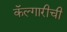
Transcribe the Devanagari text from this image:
कॅल्गारीची